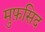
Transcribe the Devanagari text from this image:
मुफ़सिद